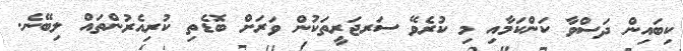
ކިބައިން ދަސްވާ ކަންކަމާއި މި ކުރެވޭ ސަރޖަރީތަކުން ވަރަށް ބޮޑެތި ކުރިއެރުންތައް ލިބޭނެ.